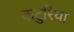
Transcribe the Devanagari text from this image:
कटुरिया